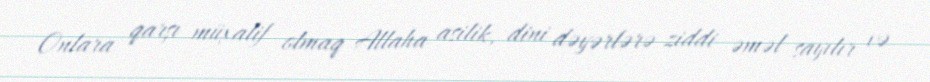
Onlara qarşı müxalif olmaq Allaha asilik, dini dəyərlərə ziddi əməl sayılır və